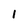
Character: 1